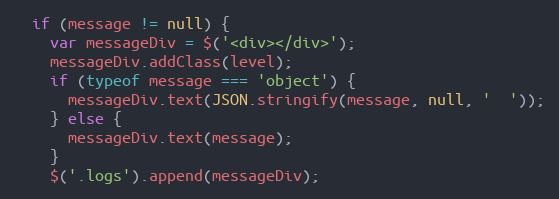
Language: JavaScript
  if (message != null) {
    var messageDiv = $('<div></div>');
    messageDiv.addClass(level);
    if (typeof message === 'object') {
      messageDiv.text(JSON.stringify(message, null, '  '));
    } else {
      messageDiv.text(message);
    }
    $('.logs').append(messageDiv);